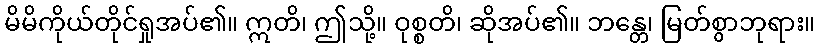
မိမိကိုယ်တိုင်ရှုအပ်၏။ ဣတိ၊ ဤသို့။ ဝုစ္စတိ၊ ဆိုအပ်၏။ ဘန္တေ၊ မြတ်စွာဘုရား။